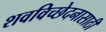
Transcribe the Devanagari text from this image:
शवविच्छेदनासाठी